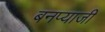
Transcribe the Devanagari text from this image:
बनप्याजी